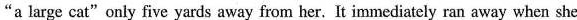
“a large cat"only five yards away from her. It immediately ran away when she